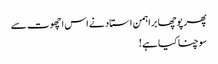
پھر پوچھا براہمن استاد نے اس اچھوت سے
سوچنا کیا ہے !